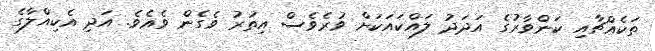
ތަކެއްޗާއި ކަންވާރުގެ އަދަދު ލައްކައަކަށް ވުރެވެސް އިތުރު ވެގެން ވެއެވެ. އަދި އެކިއްލާގެ